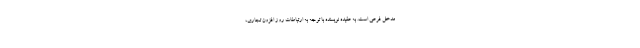
مدخل فرعی است. به عقیده نویسنده با توجه به ارتباطات روز افزون تجاری،